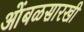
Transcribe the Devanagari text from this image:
आेंबळसारखी